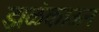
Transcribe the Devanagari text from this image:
झळंकाऊन